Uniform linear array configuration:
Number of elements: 16
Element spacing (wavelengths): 0.75
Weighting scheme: cosine
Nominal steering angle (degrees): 15
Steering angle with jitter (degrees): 14.91
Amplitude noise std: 0.05
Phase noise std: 0.05

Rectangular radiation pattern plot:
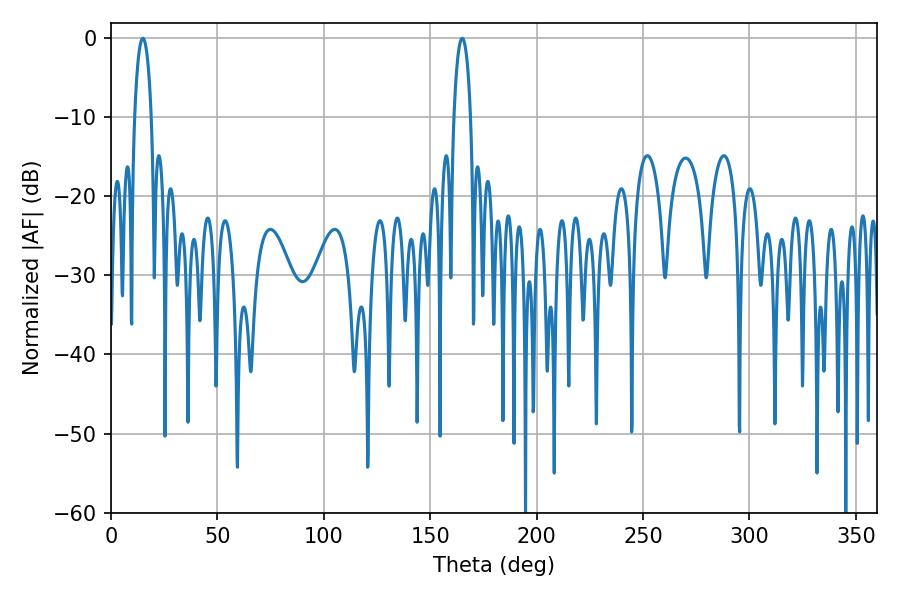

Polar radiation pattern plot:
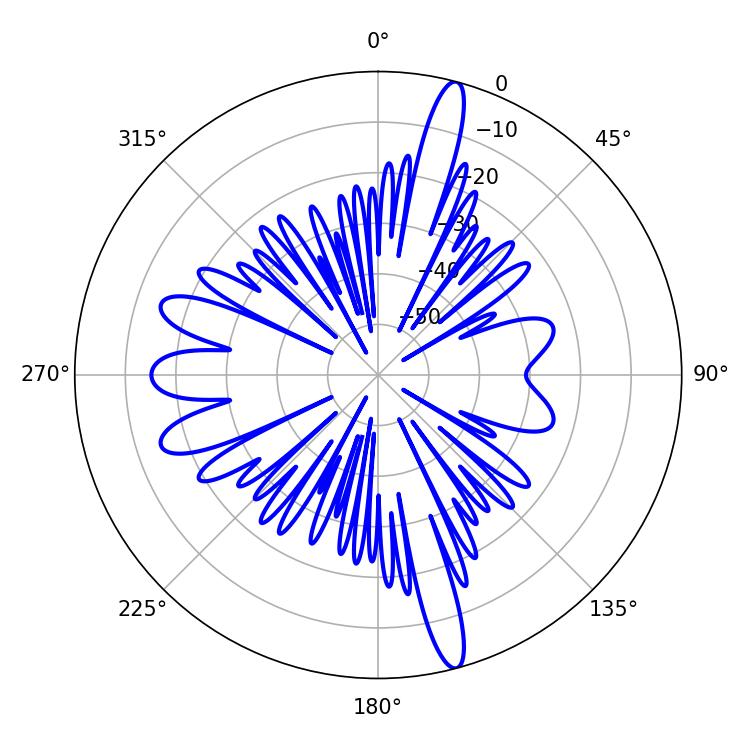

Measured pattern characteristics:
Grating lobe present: TRUE
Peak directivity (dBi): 18.164
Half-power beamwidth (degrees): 4.5
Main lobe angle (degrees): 14.94